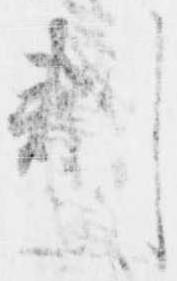
判